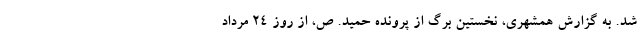
شد. به گزارش همشهری، نخستین برگ از پرونده حمید. ص، از روز ۲۴ مرداد